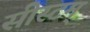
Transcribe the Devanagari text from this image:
सीस्टम्